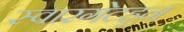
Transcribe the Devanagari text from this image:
स्वारगेटहून